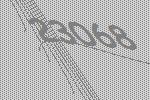
23068